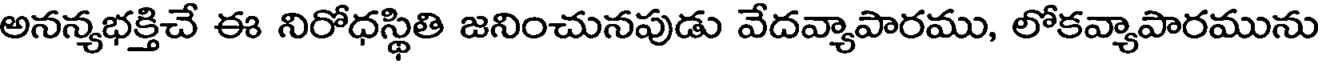
అనన్యభక్తిచే ఈ నిరోధస్థితి జనించునపుడు వేదవ్యాపారము, లోకవ్యాపారమును